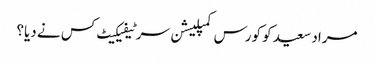
مراد سعید کو کورس کمپلیشن سرٹیفیکیٹ کس نے دیا؟